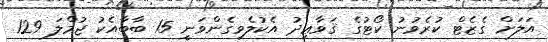
އަލަށް ގެޒެޓް ކުރެވުނު ކޯޓުގެ ޤަވާޢިދު އެކުލެވިގެންވަނީ 15 ބާބާއެކު ޖުމްލަ 129